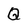
Character: Q